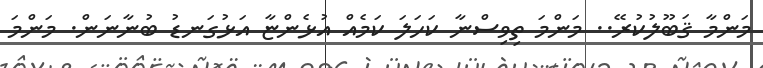
މަންމާ ޤަބޫލުކުރޭ.. މަންމަ ތިވިސްނާ ކަހަލަ ކަމެއް އުޅެންޏާ އަޅުގަނޑު ބުނާނަން. މަންމަ